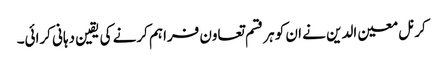
کرنل معین الدین نے ان کو ہر قسم تعاون فراہم کرنے کی یقین دہانی کرائی۔